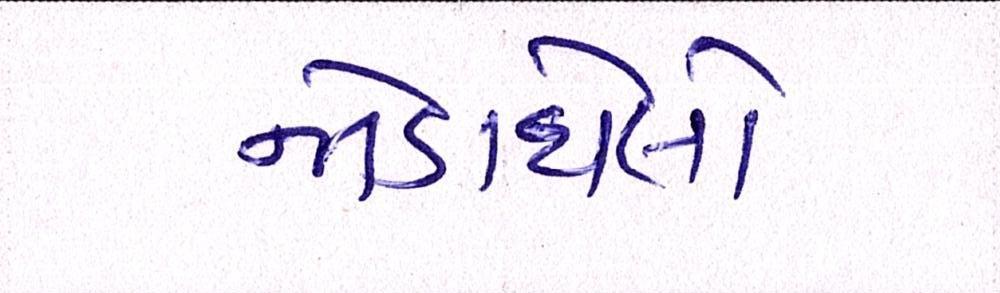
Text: જોડાયેલો